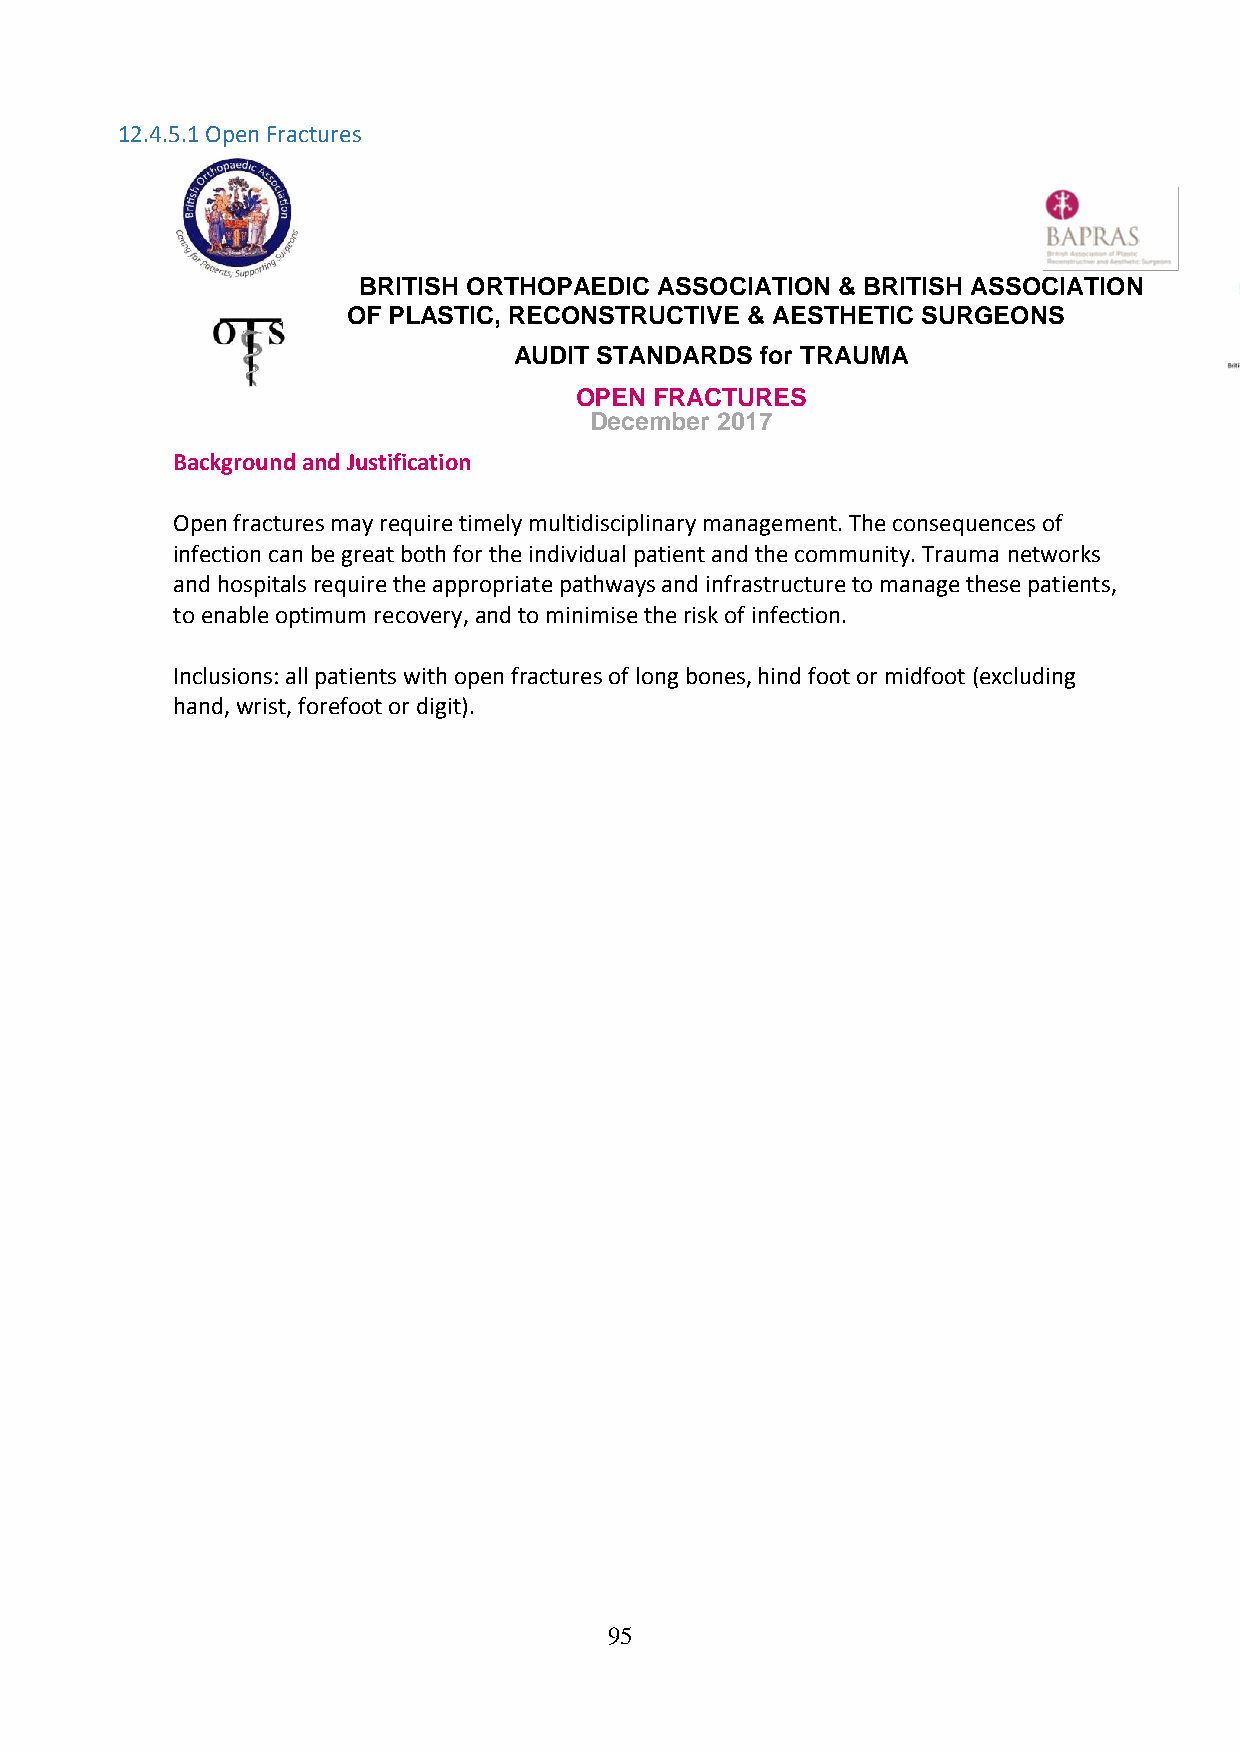
12.4.5.1 Open Fractures
 BRITISH ORTHOPAEDIC ASSOCIATION & BRITISH ASSOCIATION
 OF PLASTIC, RECONSTRUCTIVE & AESTHETIC SURGEONS
 AUDIT STANDARDS for TRAUMA
 OPEN FRACTURES
 December 2017
 Background and Justification
 Open fractures may require timely multidisciplinary management. The consequences of
 infection can be great both for the individual patient and the community. Trauma networks
 and hospitals require the appropriate pathways and infrastructure to manage these patients,
 to enable optimum recovery, and to minimise the risk of infection.
 Inclusions: all patients with open fractures of long bones, hind foot or midfoot (excluding
 hand, wrist, forefoot or digit).
 95